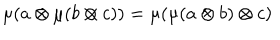
\mu ( a \otimes \mu ( b \otimes c ) ) = \mu ( \mu ( a \otimes b ) \otimes c )